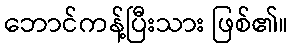
ဘောင်ကန့်ပြီးသား ဖြစ်၏။